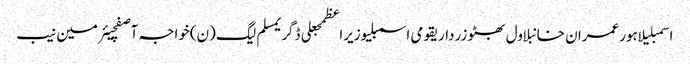
اسمبلیلاہورعمران خانبلاول بھٹو زرداریقومی اسمبلیوزیراعظمجعلی ڈگریمسلم لیگ (ن)خواجہ آصفچیئرمین نیب